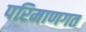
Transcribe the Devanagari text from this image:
परिमाणगत